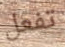
تفعل